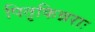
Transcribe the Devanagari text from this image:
पितृकिन्नराः